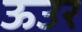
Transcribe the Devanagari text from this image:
ऊउर